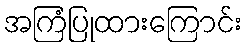
အကြံပြုထားကြောင်း